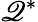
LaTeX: \mathscr{Q}^{*}